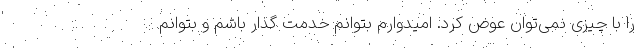
را با چیزی نمی‌توان عوض کرد. امیدوارم بتوانم خدمت گذار باشم و بتوانم